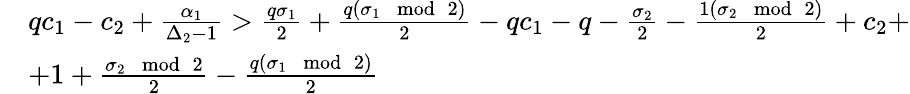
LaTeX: \begin{array}{rl}&{qc_{1}-c_{2}+\frac{\alpha_{1}}{\Delta_{2}-1}>\frac{q\sigma_{1}}{2}+\frac{q(\sigma_{1}\mod 2)}{2}-qc_{1}-q-\frac{\sigma_{2}}{2}-\frac{1(\sigma_{2}\mod 2)}{2}+c_{2}+}\\ &{+1+\frac{\sigma_{2}\mod 2}{2}-\frac{q(\sigma_{1}\mod 2)}{2}}\end{array}